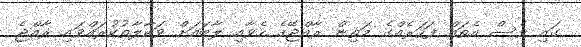
ގައި ވެސް އެތައް ފަހަރެއްގެ މަތިން ރާއްޖޭގެ ހެވާއި ލާބައަށް ވަކާލާތުކުރައްވައި ރާއްޖެ